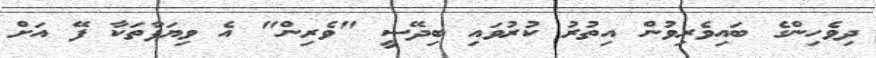
ދިވެހިންގެ ބައިވެރިވުން އިތުރު ކުރުވައި ބިދޭސީ "ވެރިން" އެ ވިޔަފާތަކާ ފޭ އަށް